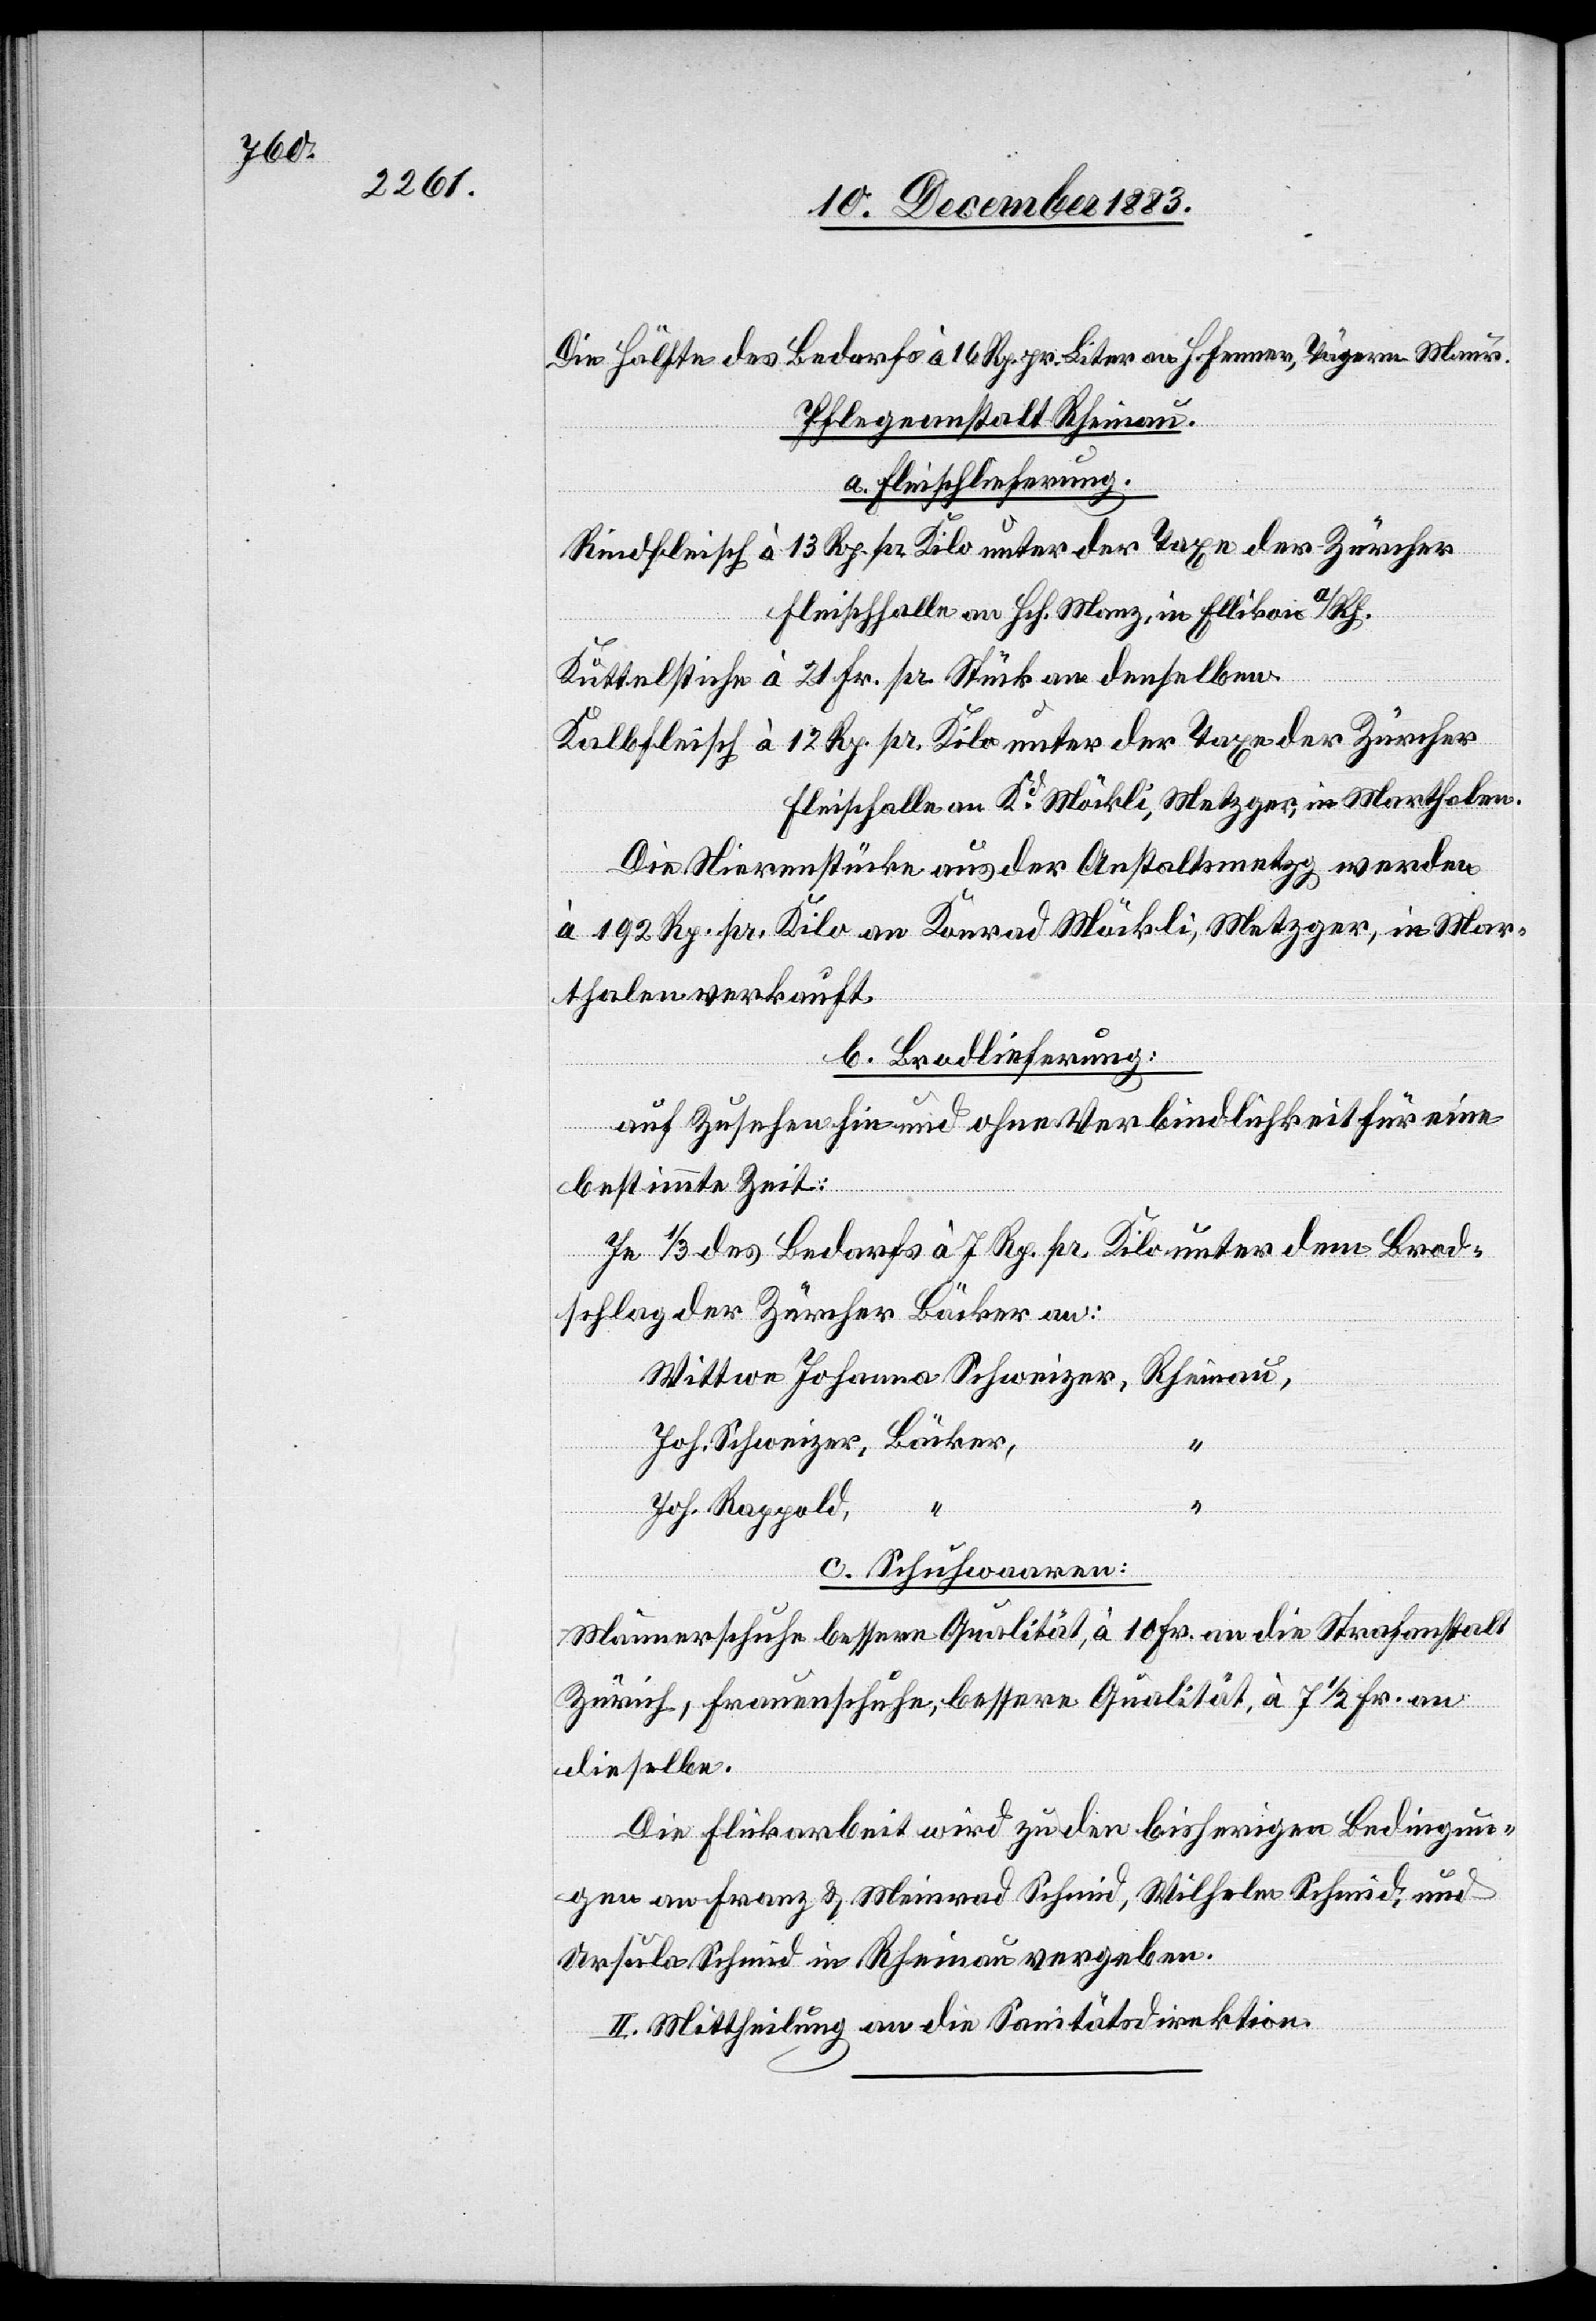
Die Hälfte des Bedarfs à 16 Rp. pr. Liter an H. Fenner, Tägern - Maur.
Pflegeanstalt Rheinau.
a. Fleischlieferung.
Rindfleisch à 13 Rp. pr. Kilo unter der Taxe der Zürcher
Fleischhalle an Hch. Manz, in Ellikon a/Rh.
Küttelstiche à 21 Fr. pr. Stück an denselben.
Kalbfleisch à 12 Rp. pr. Kilo unter der Taxe der Zürcher
Fleischhalle an Kd Möckli, Metzger, in Marthalen.
Die Nierenstücke aus der Anstaltsmetzg werden
à 192 Rp. pr. Kilo an Konrad Möckli, Metzger, in Mar¬
thalen verkauft.
b. Brodlieferung:
auf Zusehen hin und ohne Verbindlichkeit für eine
bestimmte Zeit:
In 1/3 des Bedarf à 7 Rp. pr. Kilo unter dem Brod¬
schlag der Zürcher Bäcker an:
Wittwe Johanna Schweizer,
Joh. Schweizer, Bäcker,
“
Joh. Rappold,
c. Schuhwaaren:
Männerschuhe bessere Qualität, à 10 Fr. an die Strafanstalt
Zürich, Frauenschuhe, bessere Qualität, à 7 1/2 Fr. an
dieselbe.
Die Flickarbeit wird zu den bisherigen Bedingun¬
gen an Franz & Meinrad Schmid, Wilhelm Schmid und
Ursula Schmid in Rheinau vergeben.
II. Mittheilung an die Sanitätsdirektion.